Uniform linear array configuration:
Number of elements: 4
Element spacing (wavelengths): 0.5
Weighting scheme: blackman
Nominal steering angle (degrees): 0
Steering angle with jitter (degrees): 1.175
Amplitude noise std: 0.05
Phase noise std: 0.05

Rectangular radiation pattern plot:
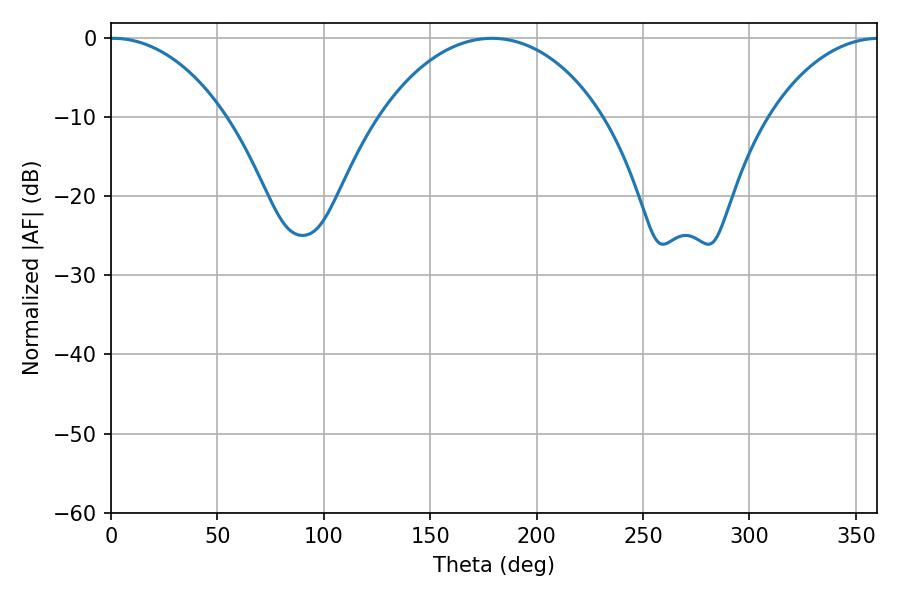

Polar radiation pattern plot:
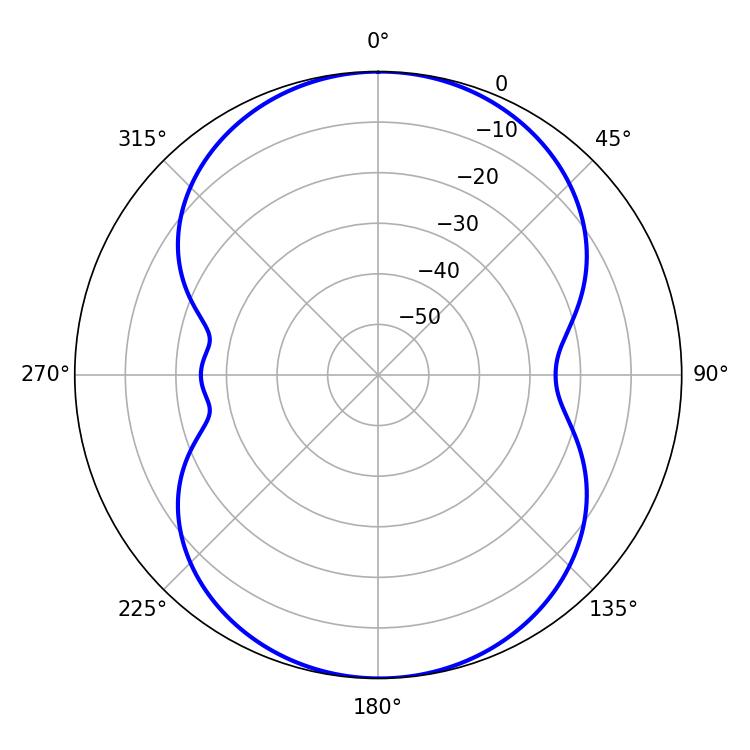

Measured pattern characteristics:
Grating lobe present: FALSE
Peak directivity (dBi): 16.187
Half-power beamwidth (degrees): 31.14
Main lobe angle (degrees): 0.9